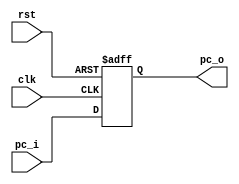
module PC (
    input clk,
    input rst,
    input [31:0] pc_i,
    output reg [31:0] pc_o
);

    // TODO: implement your program counter here
    always @(posedge clk, negedge rst) begin
        if (~rst) pc_o <= 0;
        else pc_o <= pc_i;
    end

endmodule